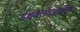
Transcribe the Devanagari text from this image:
डाइक्लोरहाइड्रिन